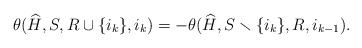
\begin{align*}\theta(\widehat{H},S,{R} \cup \{i_k \},i_k) = -\theta(\widehat{H}, S \smallsetminus \{ i_k \}, {R}, i_{k - 1}).\end{align*}